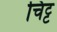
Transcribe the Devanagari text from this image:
चिट्ट